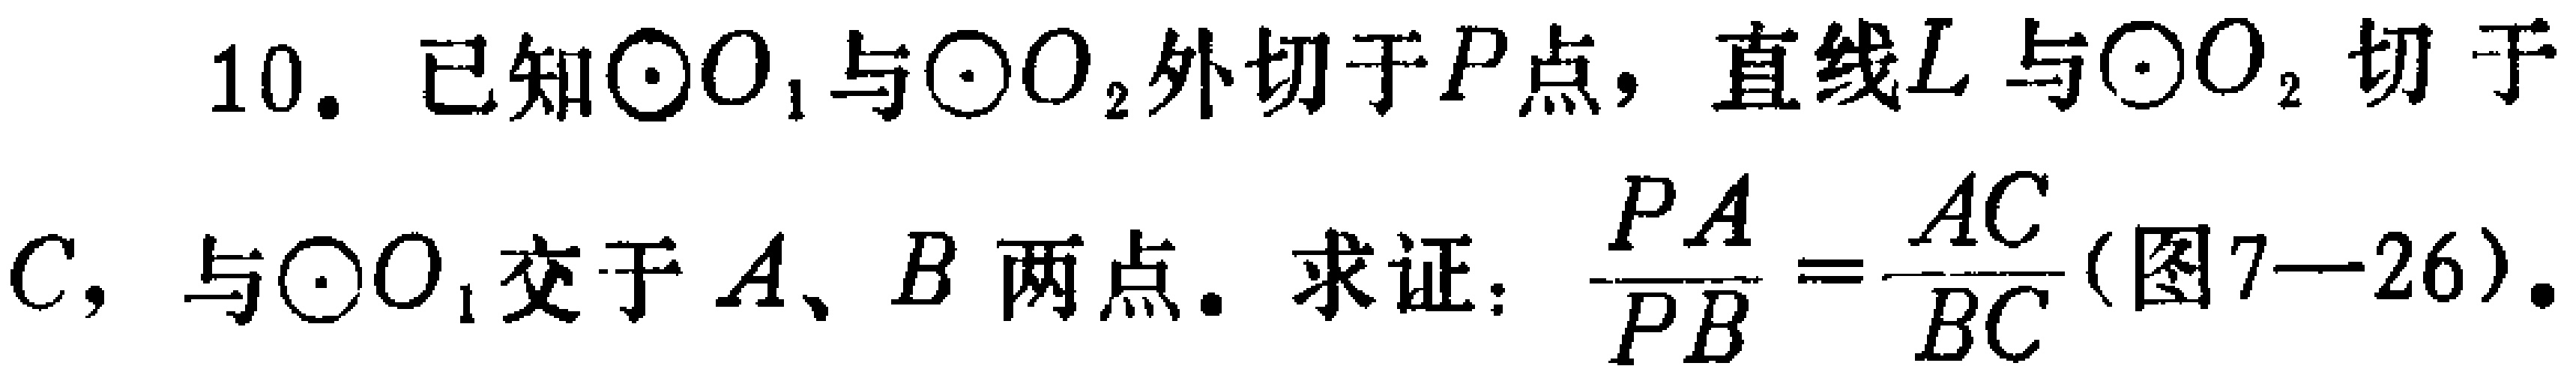
10. 已知$\odot O_{1}$与$\odot O_{2}$外切于$P$点，直线$L$与$\odot O_{2}$切于$C$，与$\odot O_{1}$交于$A、B$两点。求证：$\frac{PA}{PB}=\frac{AC}{BC}$(图7—26)。